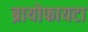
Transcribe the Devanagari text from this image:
ब्रायोफायटा